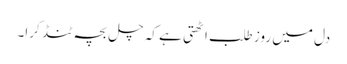
دل میں روز طلب اٹھتی ہے کہ چل بچہ ٹنڈ کرا۔